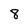
Character: 8